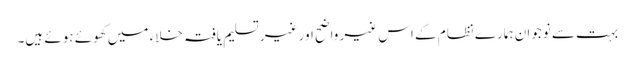
بہت سے نوجوان ہمارے نظام کے اس غیر واضح اور غیر تسلیم یافتہ خلاء میں کھوئے ہوئے ہیں۔